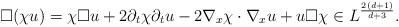
LaTeX: \begin{align*}\Box(\chi u) = \chi \Box u + 2 \partial_t \chi \partial_t u -2 \nabla_x \chi \cdot \nabla_x u + u \Box \chi \in L^\frac{2(d+1)}{d+3}.\end{align*}